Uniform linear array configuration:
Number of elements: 48
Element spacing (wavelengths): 0.25
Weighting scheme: cosine
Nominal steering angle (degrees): -45
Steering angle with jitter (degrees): -45.832
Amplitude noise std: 0.05
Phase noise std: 0.05

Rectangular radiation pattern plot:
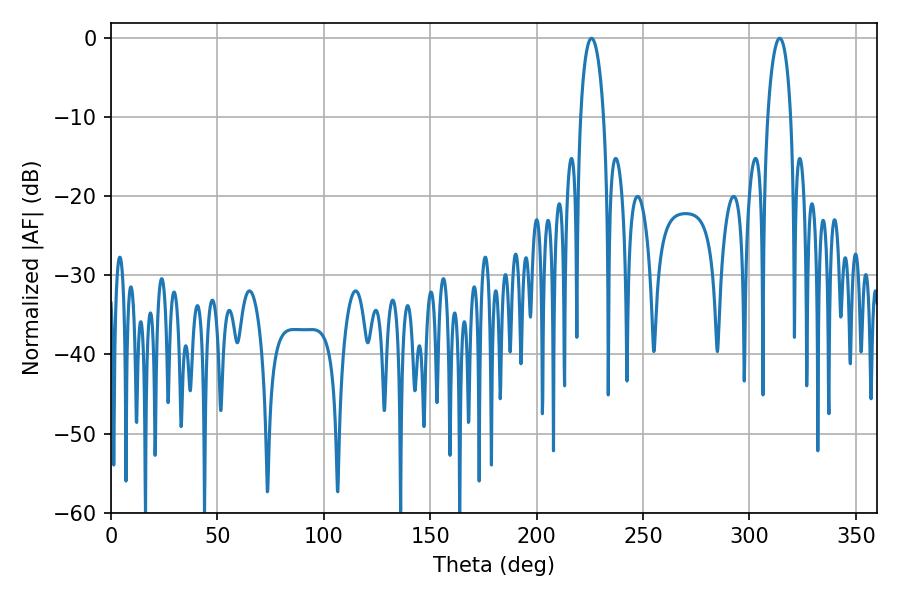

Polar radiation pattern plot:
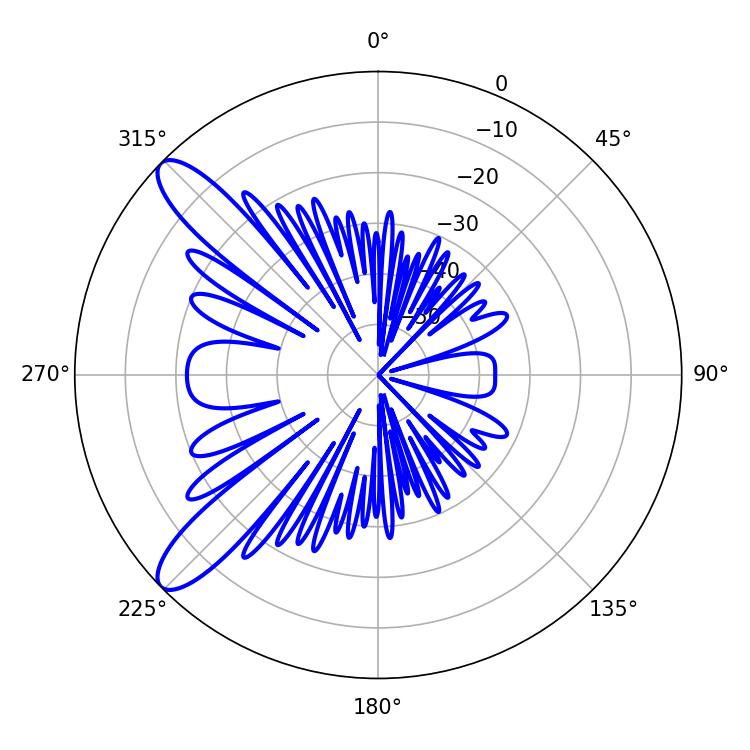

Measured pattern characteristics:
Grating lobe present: FALSE
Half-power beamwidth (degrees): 6.12
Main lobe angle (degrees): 225.72